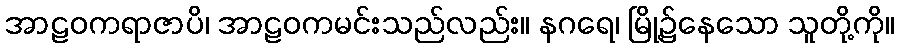
အာဠဝကရာဇာပိ၊ အာဠဝကမင်းသည်လည်း။ နဂရေ၊ မြို့၌နေသော သူတို့ကို။